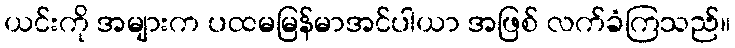
ယင်းကို အများက ပထမမြန်မာအင်ပါယာ အဖြစ် လက်ခံကြသည်။